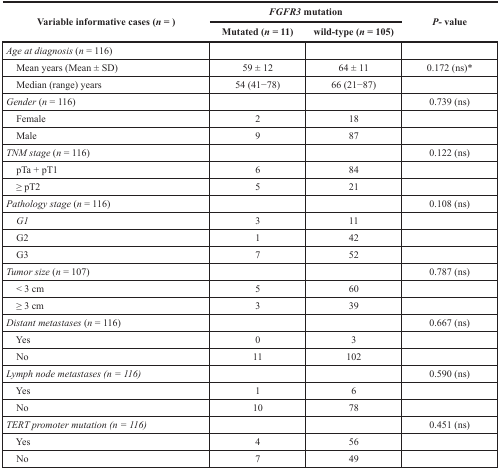
<table><thead><tr><td rowspan="2"><b>Variable informative cases (<i>n</i> = )</b></td><td colspan="2"><b><i>FGFR3</i> mutation</b></td><td rowspan="2"><b><i>P-</i>value</b></td></tr><tr><td><b>Mutated (<i>n</i> = 11)</b></td><td><b>wild-type (<i>n</i>= 105)</b></td></tr></thead><tbody><tr><td><i>Age at diagnosis</i> (n= 116)</td><td></td><td></td><td></td></tr><tr><td> Mean years (Mean ± SD)</td><td>59 ± 12</td><td>64 ± 11</td><td>0.172 (ns)*</td></tr><tr><td> Median (range) years</td><td>54 (41−78)</td><td>66 (21−87)</td><td></td></tr><tr><td><i>Gender</i> (n = 116)</td><td></td><td></td><td>0.739 (ns)</td></tr><tr><td> Female</td><td>2</td><td>18</td><td></td></tr><tr><td> Male</td><td>9</td><td>87</td><td></td></tr><tr><td><i>TNM stage</i>(n = 116)</td><td></td><td></td><td>0.122 (ns)</td></tr><tr><td> pTa + pT1</td><td>6</td><td>84</td><td></td></tr><tr><td> ≥ pT2</td><td>5</td><td>21</td><td></td></tr><tr><td><i>Pathology stage</i> (n = 116)</td><td></td><td></td><td>0.108 (ns)</td></tr><tr><td> <i>G1</i></td><td>3</td><td>11</td><td></td></tr><tr><td> G2</td><td>1</td><td>42</td><td></td></tr><tr><td> G3</td><td>7</td><td>52</td><td></td></tr><tr><td><i>Tumor size</i>(n = 107)</td><td></td><td></td><td>0.787 (ns)</td></tr><tr><td> &lt; 3 cm</td><td>5</td><td>60</td><td></td></tr><tr><td> ≥ 3 cm</td><td>3</td><td>39</td><td></td></tr><tr><td><i>Distant metastases</i>(n = 116)</td><td></td><td></td><td>0.667 (ns)</td></tr><tr><td> Yes</td><td>0</td><td>3</td><td></td></tr><tr><td> No</td><td>11</td><td>102</td><td></td></tr><tr><td><i>Lymph node metastases (n = 116)</i></td><td></td><td></td><td>0.590 (ns)</td></tr><tr><td> Yes</td><td>1</td><td>6</td><td></td></tr><tr><td> No</td><td>10</td><td>78</td><td></td></tr><tr><td><i>TERT promoter mutation (n = 116)</i></td><td></td><td></td><td>0.451 (ns)</td></tr><tr><td> Yes</td><td>4</td><td>56</td><td></td></tr><tr><td> No</td><td>7</td><td>49</td><td></td></tr></tbody></table>